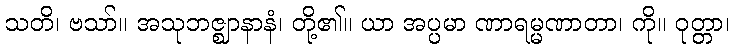
သတိ၊ ဗသာ်။ အသုဘဇ္ဈာနာနံ၊ တို့၏။ ယာ အပ္ပမာ ဏာရမ္မဏာတာ၊ ကို။ ဝုတ္တာ၊